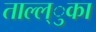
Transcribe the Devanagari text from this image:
ताल्ल्ुका